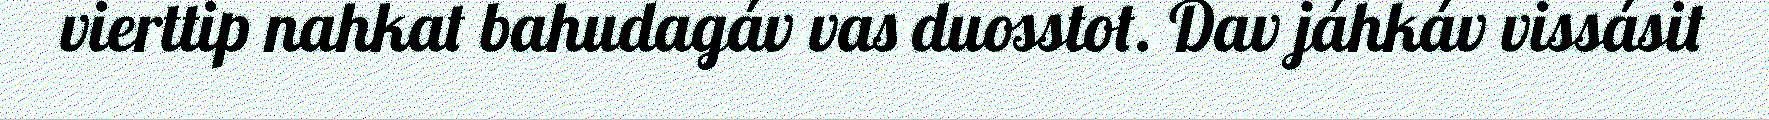
vierttip nahkat bahudagáv vas duosstot. Dav jáhkáv vissásit